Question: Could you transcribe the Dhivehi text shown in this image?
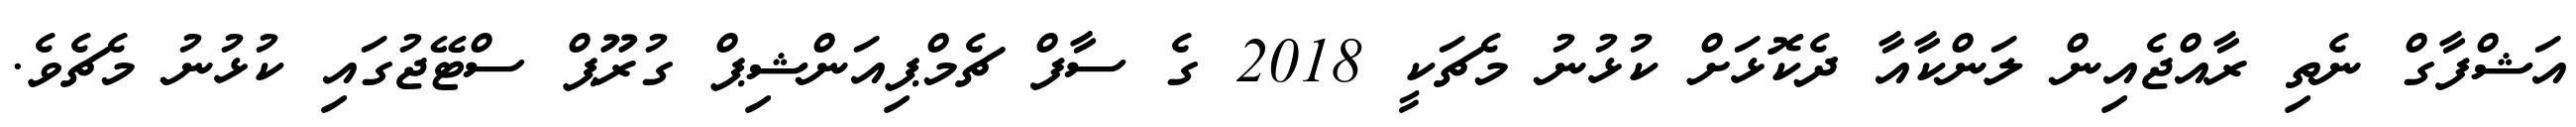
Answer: އަޝްފާގް ނެތި ރާއްޖެއިން ލަންކާއާ ދެކޮޅަށް ކުޅުނު މެޗަކީ 2018 ގެ ސާފް ޗެމްޕިއަންޝިޕް ގުރޫޕް ސްޓޭޖުގައި ކުޅުނު މެޗެވެ.